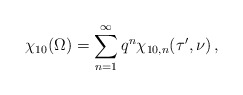
\begin{align*}\chi_{10}(\Omega)=\sum_{n=1}^\infty q^n \chi_{10,n}(\tau',\nu)\,,\end{align*}